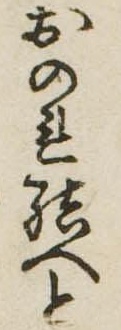
おのれ結へと